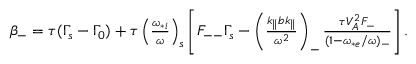
\begin{array} { r } { \beta _ { - } = \tau ( \Gamma _ { s } - \Gamma _ { 0 } ) + \tau \left( \frac { \omega _ { * i } } { \omega } \right) _ { s } \left[ F _ { -- } \Gamma _ { s } - \left( \frac { k _ { \parallel } b k _ { \parallel } } { \omega ^ { 2 } } \right) _ { - } \frac { \tau V _ { A } ^ { 2 } F _ { - } } { ( 1 - \omega _ { * e } / \omega ) _ { - } } \right] . } \end{array}